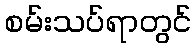
စမ်းသပ်ရာတွင်